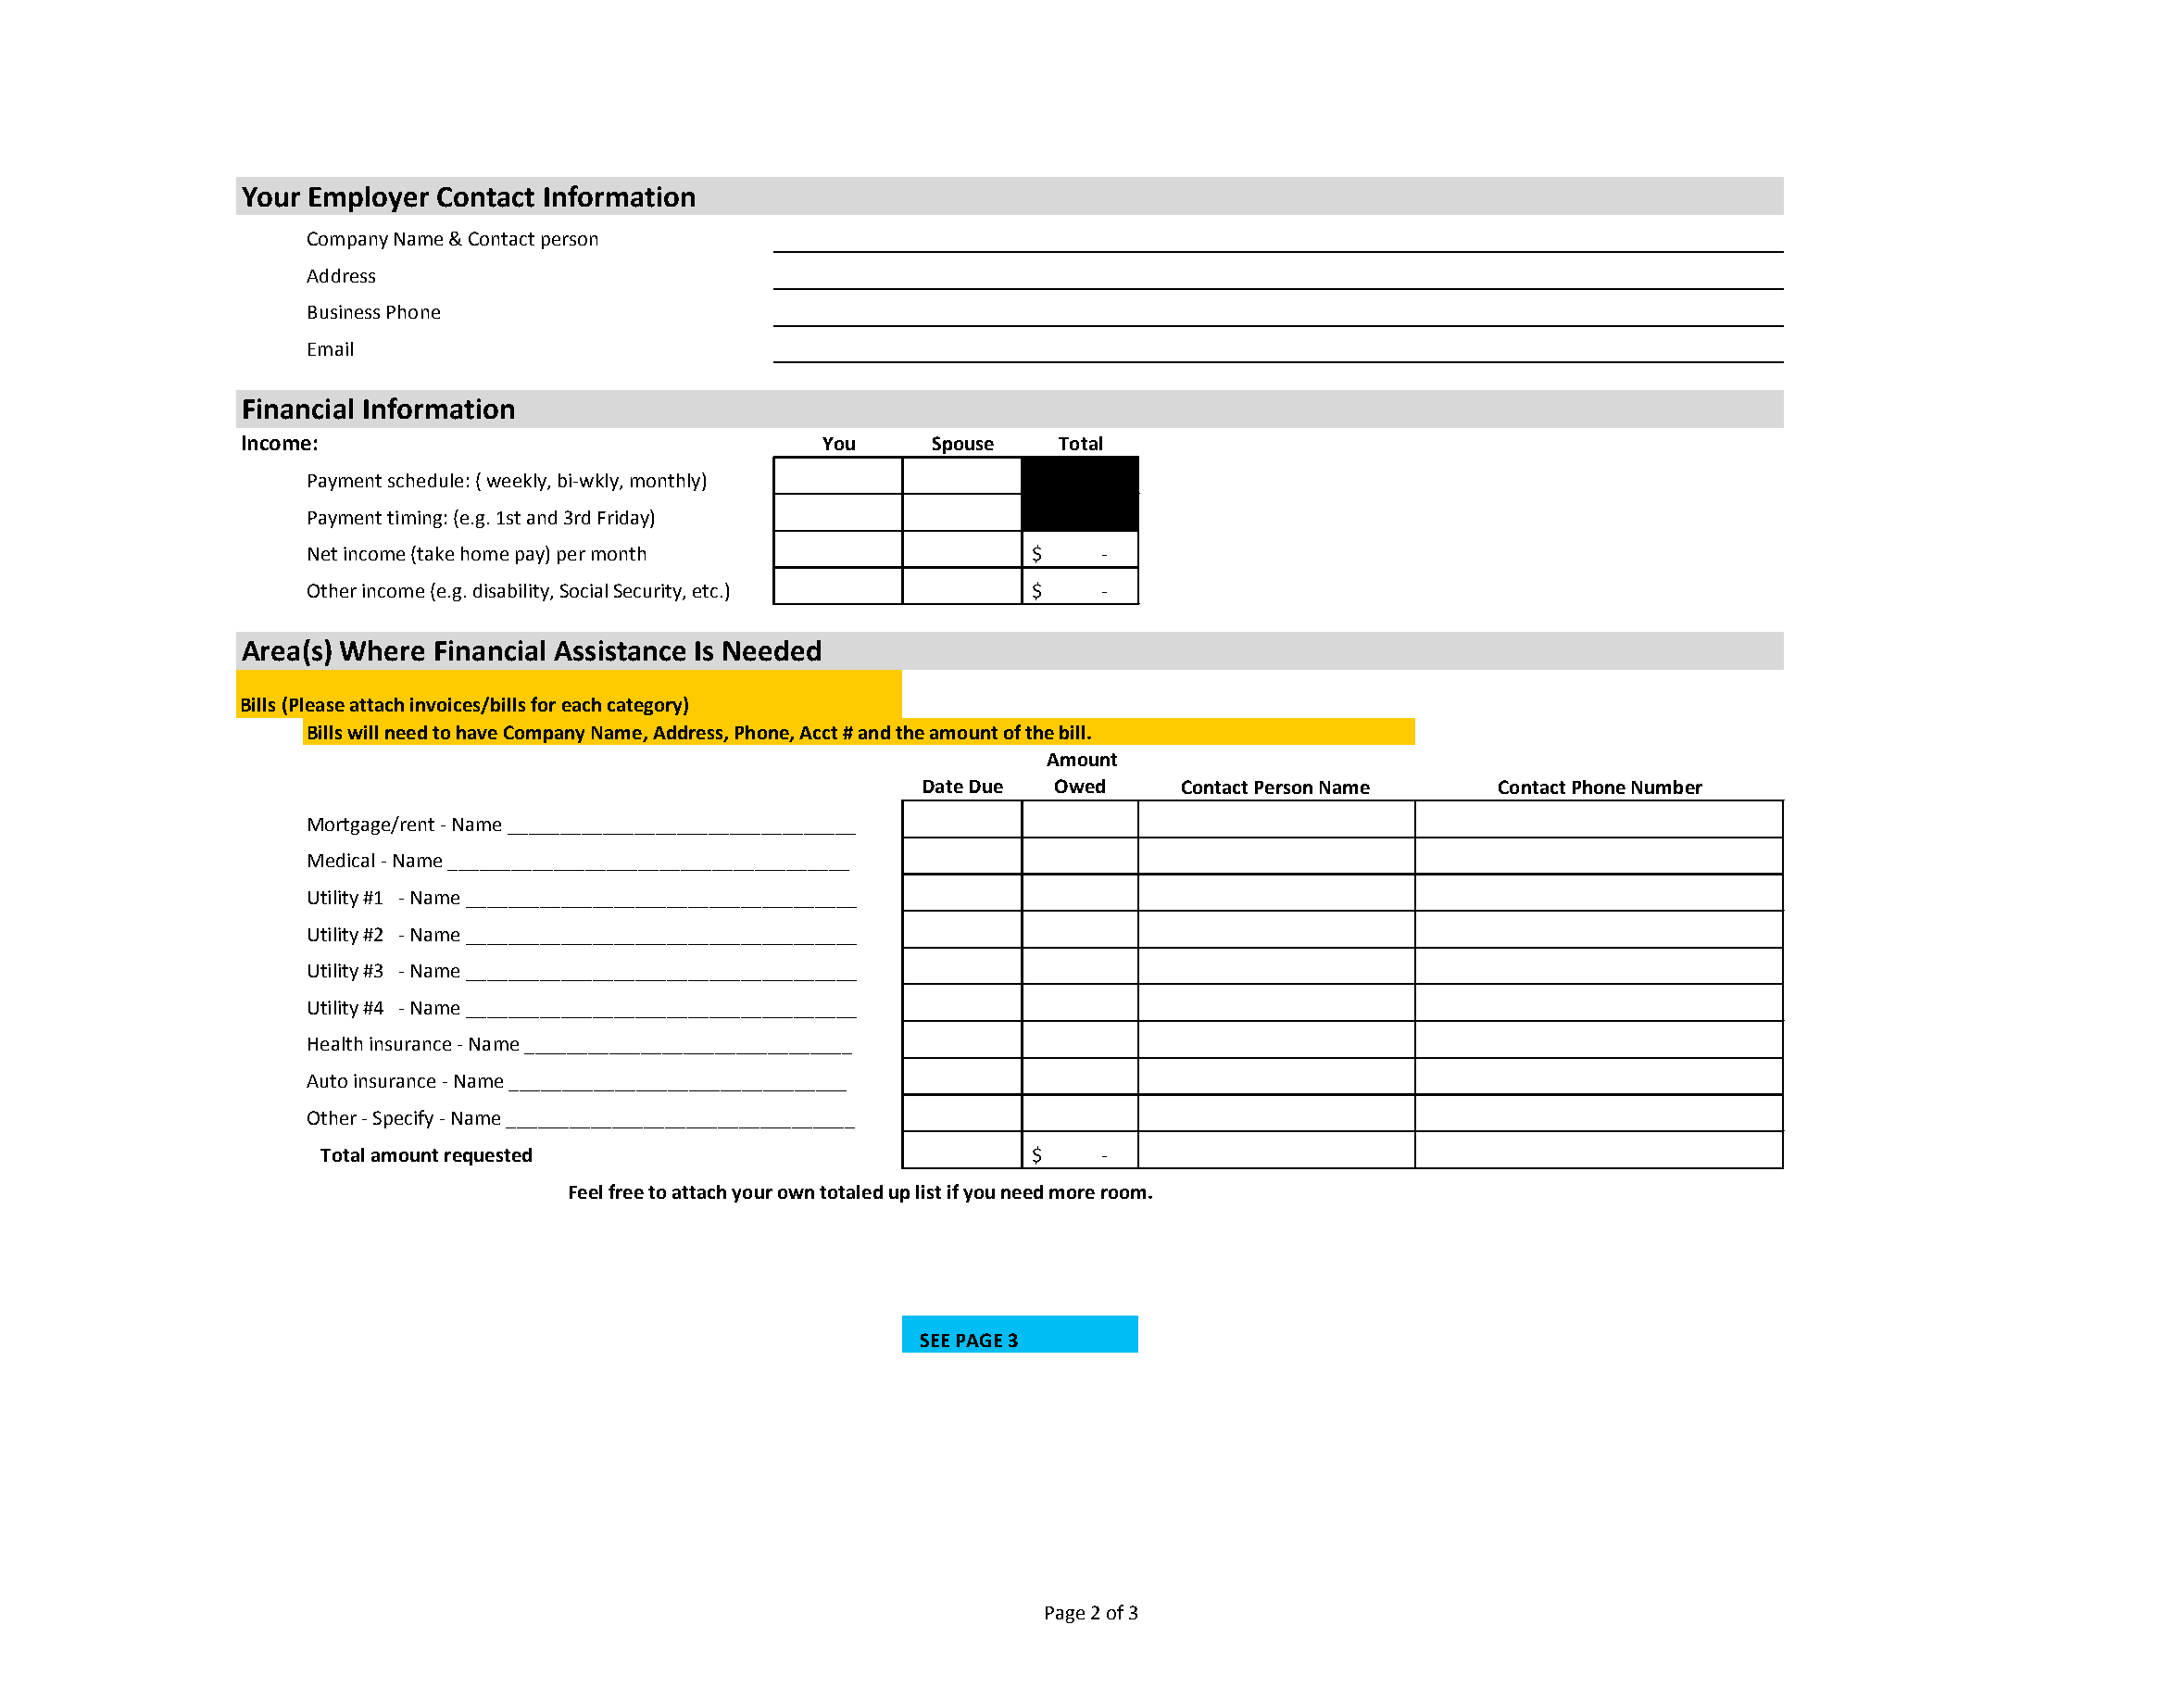
Your Employer Contact Information
 Company Name & Contact person
 Address
 Business Phone
 Email
 Financial Information
 Income:                                   You     Spouse   Total
 Payment schedule: ( weekly, bi‐wkly, monthly)
 Payment timing: (e.g. 1st and 3rd Friday)
 Net income (take home pay) per month                $    ‐
 Other income (e.g. disability, Social Security, etc.) $  ‐
 Area(s) Where Financial Assistance Is Needed
 Bills (Please attach invoices/bills for each category)
 Bills will need to have Company Name, Address, Phone, Acct # and the amount of the bill.
 Amount
 Date Due Owed     Contact Person Name    Contact Phone Number
 Mortgage/rent ‐ Name _________________________________
 Medical ‐ Name ______________________________________
 Utility #1 ‐ Name _____________________________________
 Utility #2 ‐ Name _____________________________________
 Utility #3 ‐ Name _____________________________________
 Utility #4 ‐ Name _____________________________________
 Health insurance ‐ Name _______________________________
 Auto insurance ‐ Name ________________________________
 Other ‐ Specify ‐ Name _________________________________
 Total amount requested                             $    ‐
 Feel free to attach your own totaled up list if you need more room.
 SEE PAGE 3
 Page 2 of 3